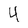
Character: 4